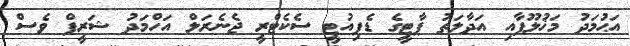
އަޙުމަދު މަޚުލޫފާއި އަދާލަތު ޕާޓީގެ ޑެޕިއުޓީ ސެކެޓްރީ ޖެނެރަލް އަހްމަދު ޝަރީފް ވެސް